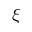
\xi